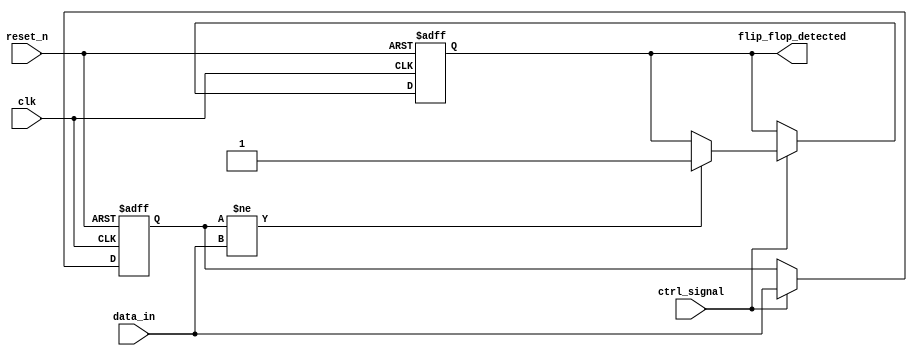
module MemoryBlock (
    input wire clk,          // Clock signal
    input wire reset_n,      // Active low reset
    input wire data_in,      // Data input to each memory block
    input wire ctrl_signal,   // Control signal for detection
    output reg flip_flop_detected // Flip-flop detection output
);

    reg data_reg;            // Register to hold data input
    
    // Always block for flip-flop detection
    always @(posedge clk or negedge reset_n) begin
        if (!reset_n) begin
            data_reg <= 1'b0;
            flip_flop_detected <= 1'b0;
        end else begin
            // Sample the input data and check for edges
            if (ctrl_signal) begin
                if (data_reg != data_in) begin
                    flip_flop_detected <= 1'b1; // Flip-flop detected
                end
                data_reg <= data_in; // Update the data register
            end
        end
    end

endmodule